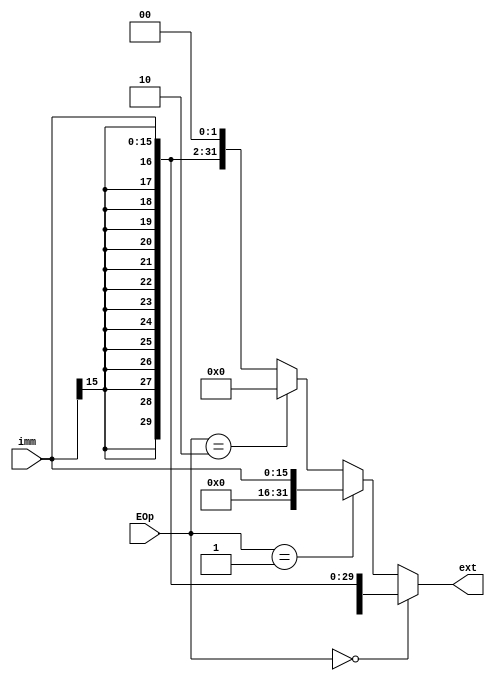
module ext(
    input [15:0] imm,
    input [1:0] EOp,
    output [31:0] ext
    );
	 
	assign ext = 	(EOp==0)? { {16{imm[15]}} , imm }:
						(EOp==1)? { {16{0}} , imm }:
						(EOp==2)? { imm , {16{0}} }:
									 ({ {16{imm[15]}} , imm }<<2);

endmodule